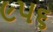
૯૫૬